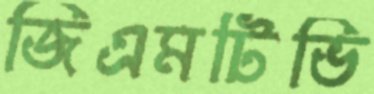
জিএমটিভি